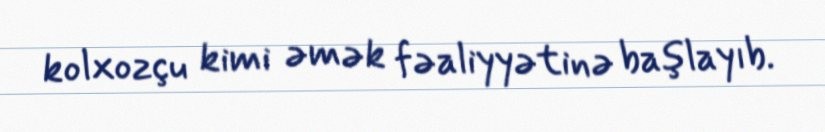
kolxozçu kimi əmək fəaliyyətinə başlayıb.